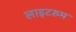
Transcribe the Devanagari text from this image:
लाइटरुम